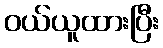
ဝယ်ယူထားပြီး